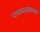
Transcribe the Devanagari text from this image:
पाकळ्यांप्रमाणे